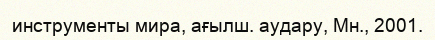
инструменты мира, ағылш. аудару, Мн., 2001.